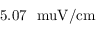
5 . 0 7 \ \mathrm { \ m u V } / \mathrm { c m }